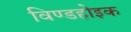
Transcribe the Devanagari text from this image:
विण्डहोइक